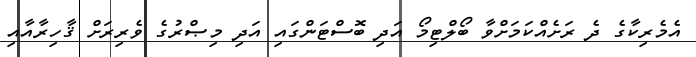
އެމެރިކާގެ ދެ ރަށެއްކަމަށްވާ ބޯލްޓިމޯ އަދި ބޮސްޓަންގައި އަދި މިޞްރުގެ ވެރިރަށް ޤާހިރާއާއި